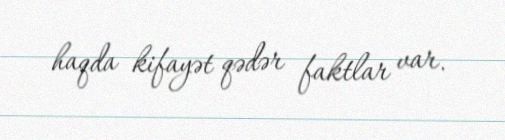
haqda kifayət qədər faktlar var.